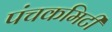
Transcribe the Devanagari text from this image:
पंचकमिटी